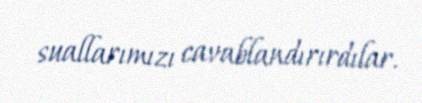
suallarımızı cavablandırırdılar.